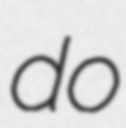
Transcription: do